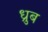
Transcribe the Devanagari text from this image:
ध्रुब